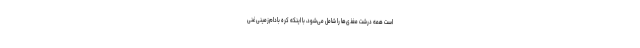
است همه درشت مغذی‌ها را شامل می‌شود، با اینکه کره بادام‌زمینی غنی